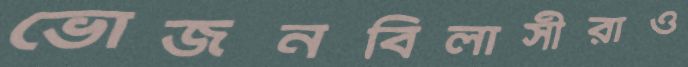
ভোজনবিলাসীরাও